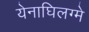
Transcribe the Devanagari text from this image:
येनाघिलग्मे